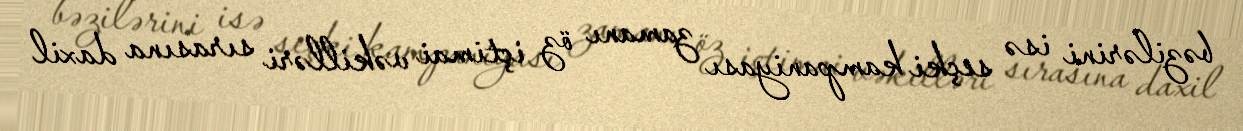
bəzilərini isə seçki kampaniyası zamanı öz içtimai vəkilləri sırasına daxil